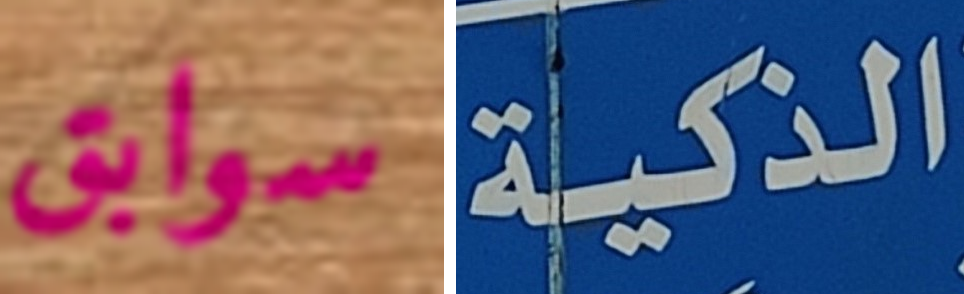
سوابق الذكية